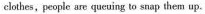
clothes, people are queuing to snap them up.